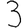
Digit: 3